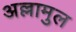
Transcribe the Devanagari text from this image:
अल्लामुल